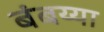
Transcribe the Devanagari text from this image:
बंबय्या